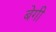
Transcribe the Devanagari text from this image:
बेगी